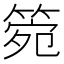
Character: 箢